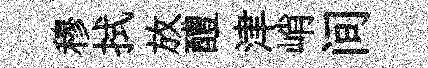
穆拭放醴津峭间